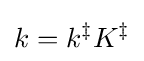
k=k^{\ddagger }K^{\ddagger }